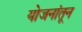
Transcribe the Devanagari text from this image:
योजनांतून